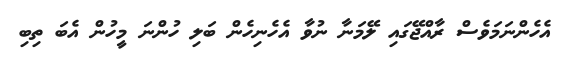
އެހެންނަމަވެސް ރާއްޖޭގައި ލޭމަނާ ނުވާ އެހެނިހެން ބަލި ހުންނަ މީހުން އެބަ ތިބި